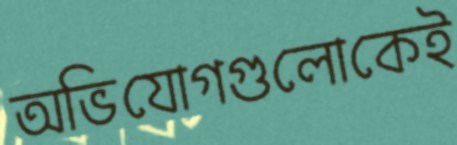
অভিযোগগুলোকেই